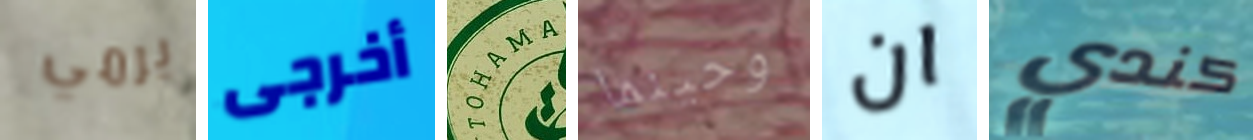
يرمي أخرجى TOHAMA وحينما ان كندي